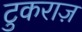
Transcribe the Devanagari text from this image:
टुकराज़